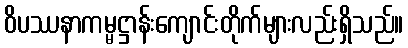
ဝိပဿနာကမ္မဋ္ဌာန်းကျောင်းတိုက်များလည်းရှိသည်။